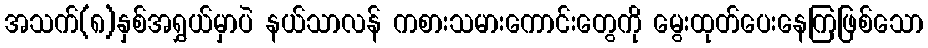
အသက်(၈)နှစ်အရွှယ်မှာပဲ နယ်သာလန် ကစားသမားကောင်းတွေကို မွေးထုတ်ပေးနေကြဖြစ်သော